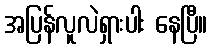
အပြန်လူလဲရှားပါး နေပြီ။